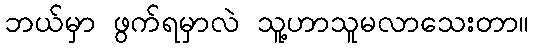
ဘယ်မှာ ဖွက်ရမှာလဲ သူ့ဟာသူမလာသေးတာ။